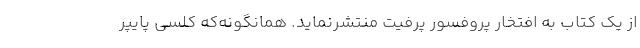
از یک کتاب به افتخار پروفسور پرفیت منتشرنماید. همانگونه‌که کِلسی پایپر